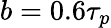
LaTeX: b=0.6\tau_{p}